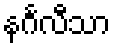
နင်္ဂလီသာ